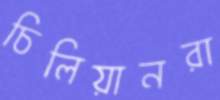
চিলিয়ানরা